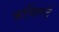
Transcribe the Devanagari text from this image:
कोविलन्टे